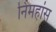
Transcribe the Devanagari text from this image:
निमहांस